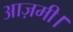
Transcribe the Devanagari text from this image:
आज़मी।